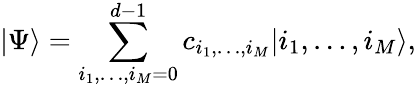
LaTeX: \vert\Psi\rangle=\sum_{i_{1},\dots,i_{M}=0}^{d-1}c_{i_{1},\dots,i_{M}}\vert i_{1},\dots,i_{M}\rangle,